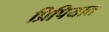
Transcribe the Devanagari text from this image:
प्रिपियात